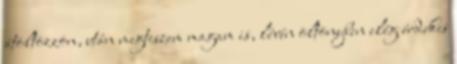
átöltözzön, után megteszem magam is, lévén öltönyben elég érdekes